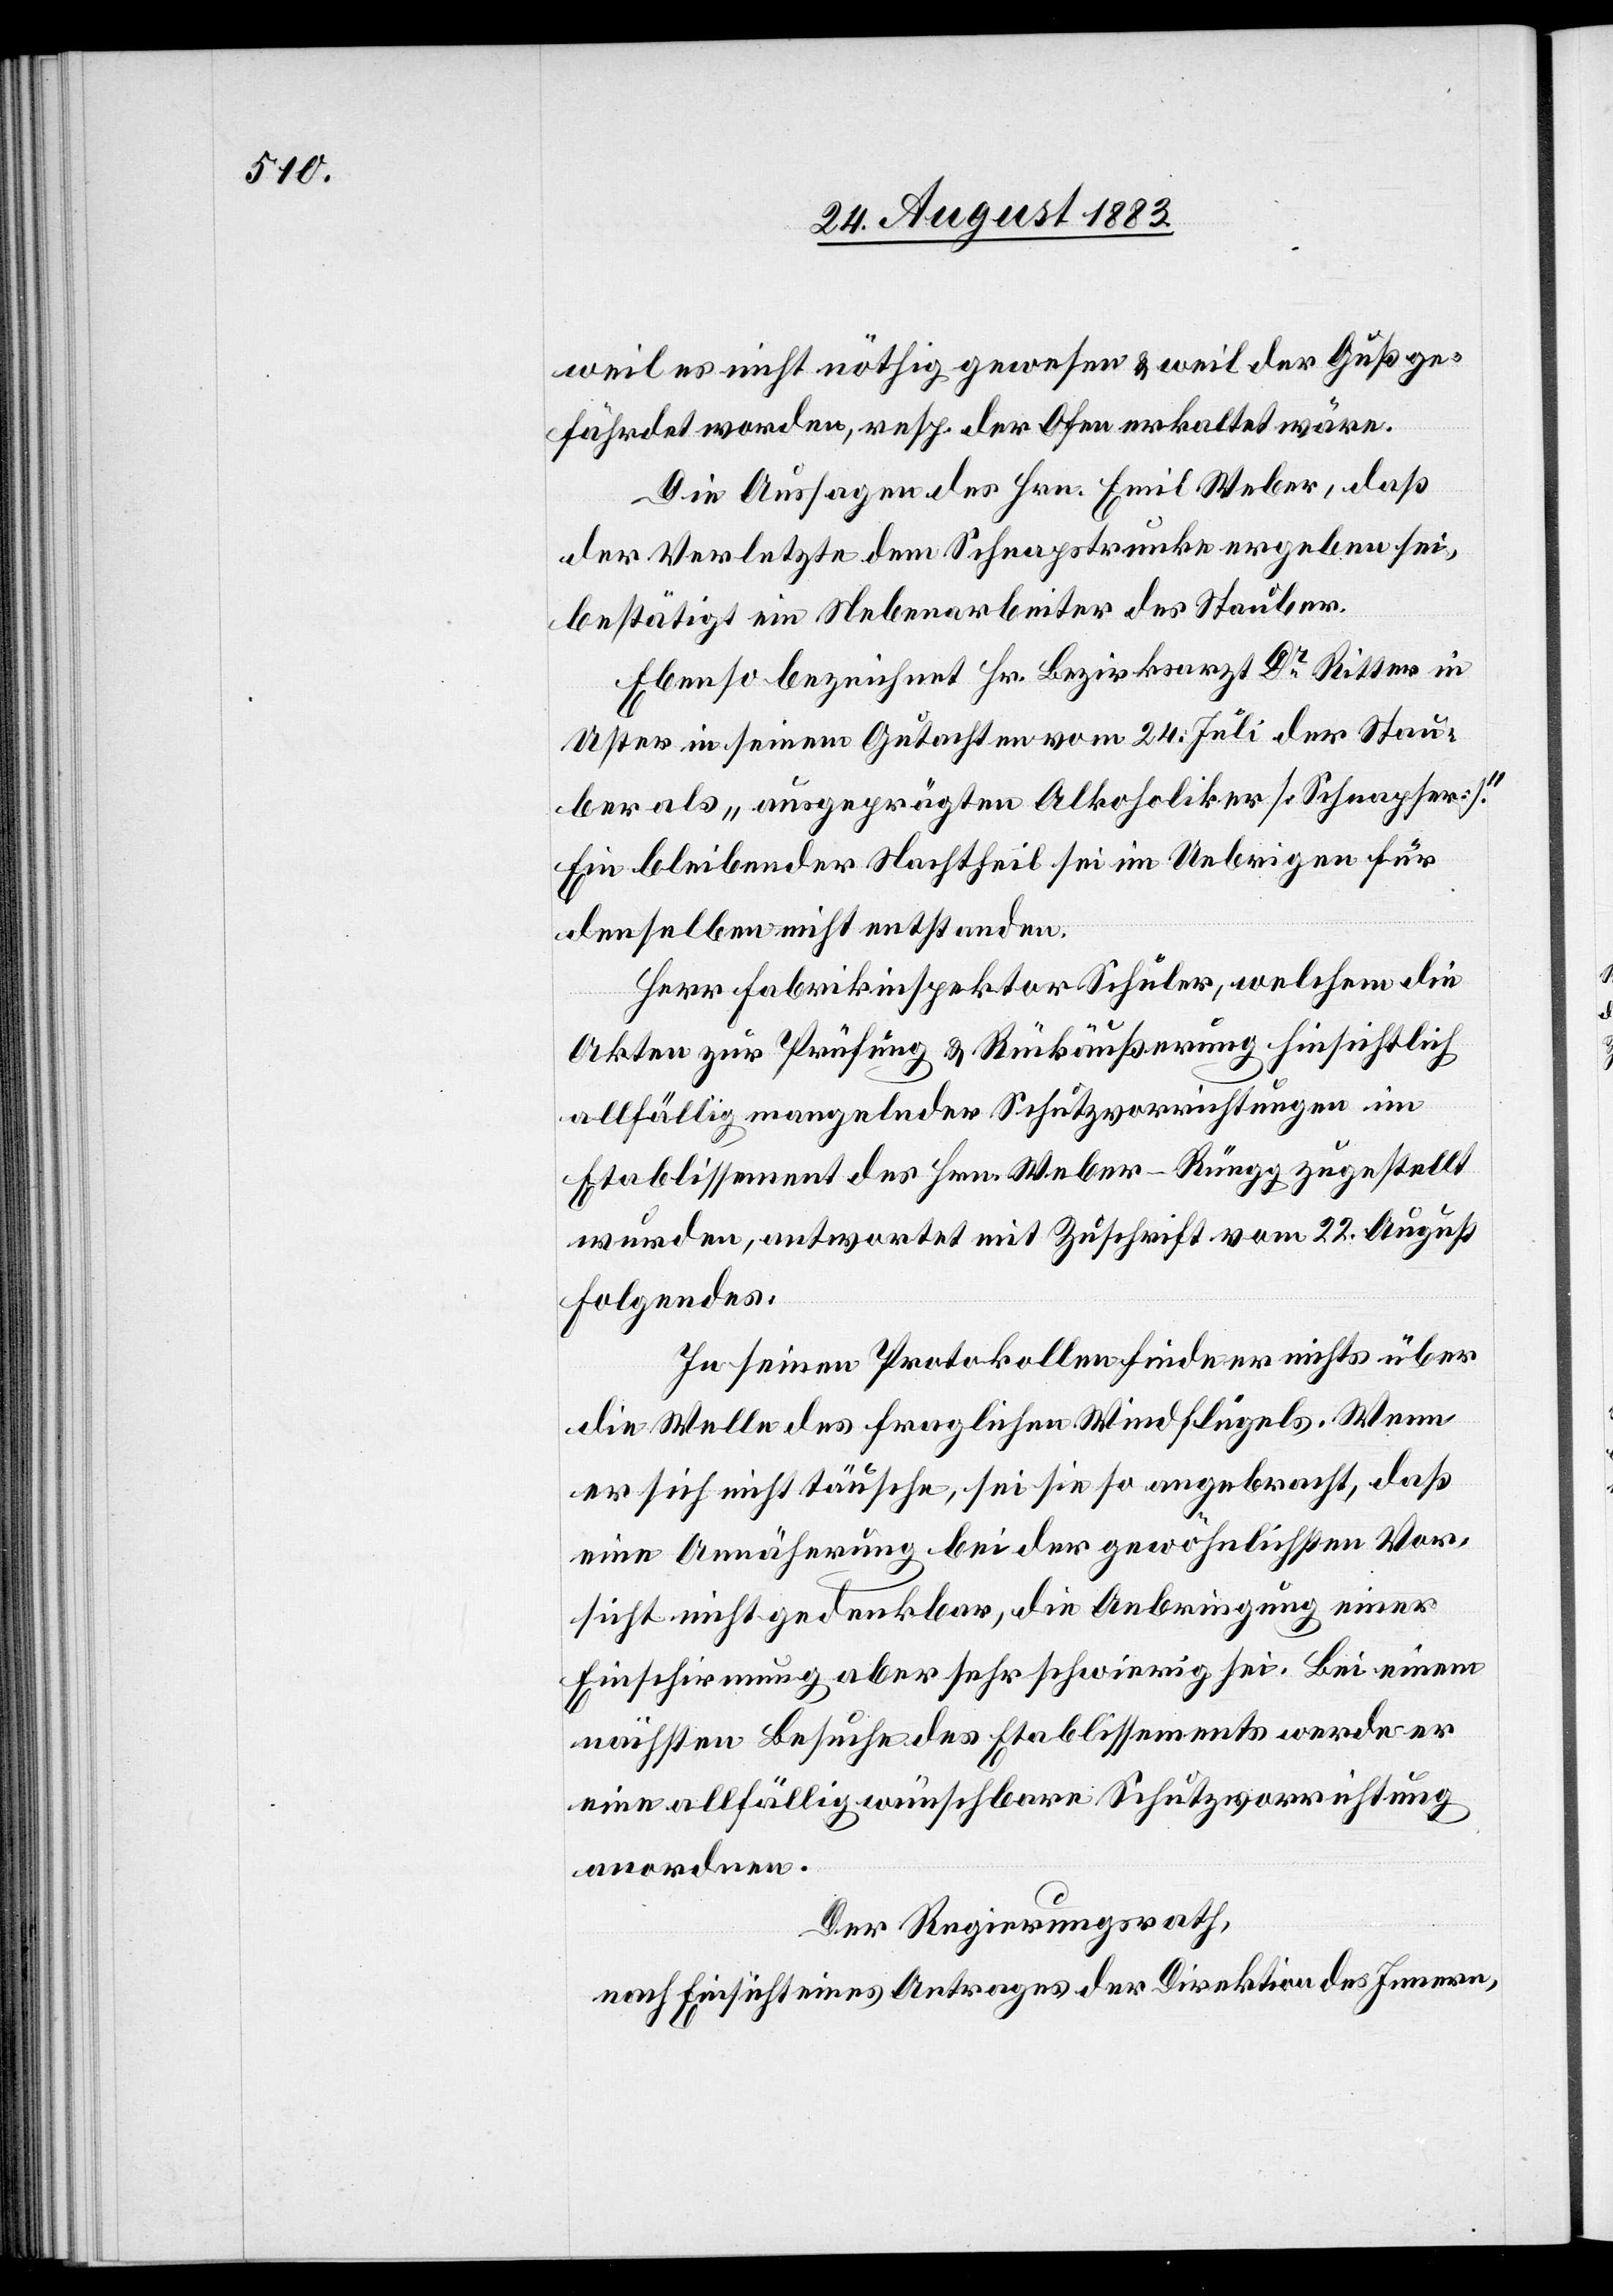
Sta¬

weil es nicht nöthig gewesen & weil der Guß ge¬
fährdet worden, resp. der Ofen erkaltet wäre.
Die Aussagen des Hrn. Emil Weber, daß
der Verletzte dem Schnapstrunke ergeben sei,
bestätigt ein Nebenarbeiter des Stauber.
Ebenso bezeichnet Hr. Bezirksarzt Dr Ritter in
Uster in seinem Gutachten vom 24. Juli der [recte:
uber als „ausgeprägten Alkoholiker [Schnapser].“
Ein bleibender Nachtheil sei im Uebrigen für
denselben nicht entstanden.
Herr Fabrikinspektor Schuler, welchem die
Akten zur Prüfung & Rückäußerung hinsichtlich
allfällig mangelnder Schutzvorrichtungen im
Etablissement des Hrn. Weber-Rüegg zugestellt
wurden, antwortet mit Zuschrift vom 22. August
Folgendes:
In seinen Protokollen finde er nichts über
die Welle des fraglichen Windflügels. Wenn
er sich nicht täusche, sei sie so angebracht, daß
eine Annäherung bei der gewöhnlichsten Vor¬
sicht nicht gedenkbar, die Anbringung einer
Einschirmung aber sehr schwierig sei. Bei einem
nächsten Besuche des Etablissements werde er
eine allfällig wünschbare Schutzvorrichtung
anordnen.
Der Regierungsrath,
nach Einsicht eines Antrages der Direktion des Innern,